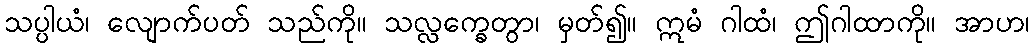
သပ္ပါယံ၊ လျောက်ပတ် သည်ကို။ သလ္လက္ခေတွာ၊ မှတ်၍။ ဣမံ ဂါထံ၊ ဤဂါထာကို။ အာဟ၊